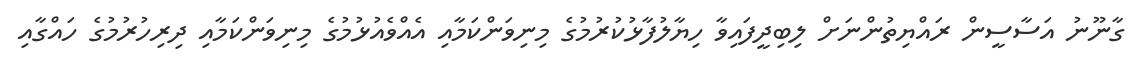
ގާނޫނު އަސާސީން ރައްޔިތުންނަށް ލިބިދީފައިވާ ހިޔާލުފާޅުކުރުމުގެ މިނިވަންކަމާއި އެއްވެއުޅުމުގެ މިނިވަންކަމާއި ދިރިހުރުމުގެ ހައްގާއި